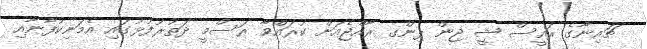
ޗައިނާގެ ރައީސް ޝީ ޖިން ޕިންގ ރާއްޖެއަށް ކުރައްވާ ރަސްމީ ދަތުރުފުޅުގައި އެމަނިކުފާނާއި